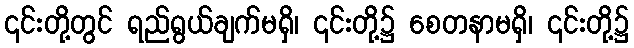
၎င်းတို့တွင် ရည်ရွယ်ချက်မရှိ၊ ၎င်းတို့၌ စေတနာမရှိ၊ ၎င်းတို့၌